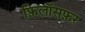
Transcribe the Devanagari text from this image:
फ़िलॉसफ़र